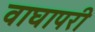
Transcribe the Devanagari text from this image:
वाघापरी